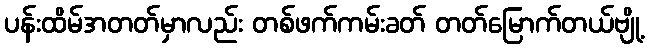
ပန်းထိမ်အတတ်မှာလည်း တစ်ဖက်ကမ်းခတ် တတ်မြောက်တယ်ဗျို့